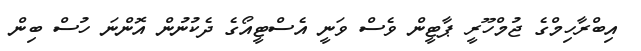
އިބްރާހިމްގެ ޖުމްހޫރީ ޕާޓީން ވެސް ވަނީ އެސްޓީއޯގެ ދެކުނުން އޮންނަ ހުސް ބިން